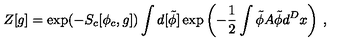
Z [ g ] = \exp ( - S _ { c } [ \phi _ { c } , g ] ) \int d [ \tilde { \phi } ] \exp \left( - \frac 1 2 \int \tilde { \phi } A \tilde { \phi } d ^ { D } x \right) \: , \nonumber